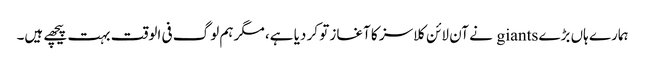
ہمارے ہاں بڑے giants نے آن لائن کلاسز کا آغاز تو کر دیا ہے، مگر ہم لوگ فی الوقت بہت پیچھے ہیں۔